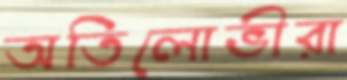
অতিলোভীরা